Note on the mental hospitals in Burma - 1925-1940
Year: 1925
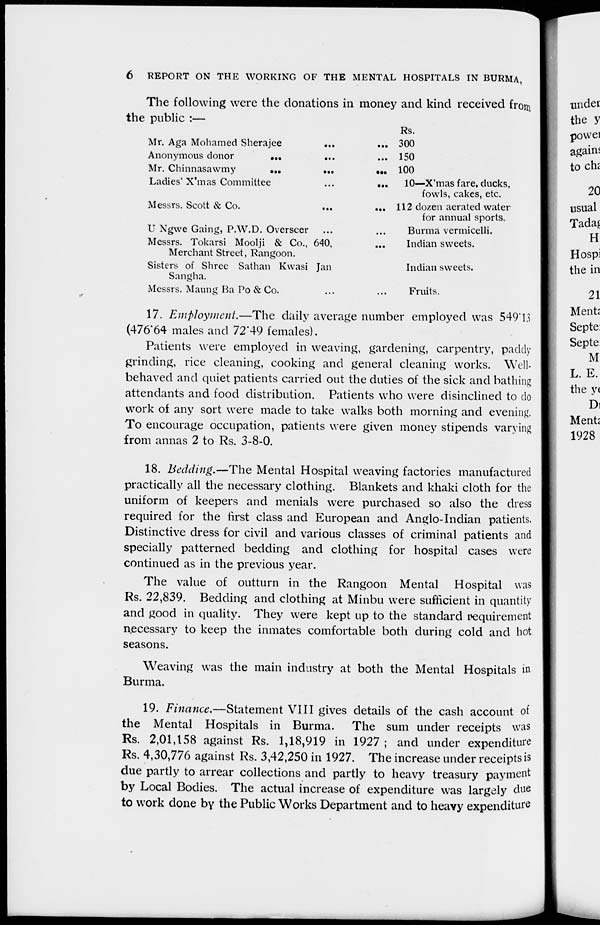
6
REPORT ON THE WORKING OF THE MENTAL HOSPITALS IN BURMA,
The following were the donations in money and kind received from
the public :—
Mr, Aga Mohamed Sherajee
...
...
Anonymous donor
...
...
...
Mr. Chinnasawmy
...
...
...
Ladies X'mas Committee ... ...
Messrs. Scott & Co.
...
...
U Ngwe Gaing, P.W.D. Overseer ... ...
Messrs. Tokarsi Moolji & Co., 640,
Merchant Street, Rangoon.
Sisters of Shree Sathan Kwasi Jan
Sangha.
Messrs. Mating Ba Po & Co.
Rs.
300
150
100
10—X'mas fare, ducks,
fowls, cakes, etc.
112 dozen aerated water
for annual sports.
Burma vermicelli.
Indian sweets.
Indian sweets.
Fruits.
17. Employment.—The daily average number employed was 549.13
(476.64 males and 72.49 females).
Patients were employed in weaving, gardening, carpentry, paddy
grinding, rice cleaning, cooking and general cleaning works. Well-
behaved and quiet patients carried out the duties of the sick and bathing
attendants and food distribution. Patients who were disinclined to do
work of any sort were made to take walks both morning and evening.
To encourage occupation, patients were given money stipends varying
from annas 2 to Rs. 3-8-0.
18. Bedding.—The Mental Hospital weaving factories manufactured
practically all the necessary clothing. Blankets and khaki cloth for the
uniform of keepers and menials were purchased so also the dress
required for the first class and European and Anglo-Indian patients.
Distinctive dress for civil and various classes of criminal patients and
specially patterned bedding and clothing for hospital cases were
continued as in the previous year.
The value of outturn in the Rangoon Mental Hospital was
Rs. 22,839. Bedding and clothing at Minbu were sufficient in quantity
and good in quality. They were kept up to the standard requirement
necessary to keep the inmates comfortable both during cold and hot
seasons.
Weaving was the main industry at both the Mental Hospitals in
Burma.
19. Finance.—Statement VIII gives details of the cash account of
the Mental Hospitals in Burma. The sum under receipts was
Rs. 2,01,158 against Rs. 1,18,919 in 1927 ; and under expenditure
Rs. 4,30,776 against Rs. 3,42,250 in 1927. The increase under receipts is
due partly to arrear collections and partly to heavy treasury payment
by Local Bodies. The actual increase of expenditure was largely due
to work done by the Public Works Department and to heavy expenditure